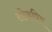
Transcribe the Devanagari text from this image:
लोक्रपिय